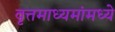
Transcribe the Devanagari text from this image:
वृत्तमाध्यमांमध्ये